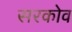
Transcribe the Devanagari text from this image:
सरकोव